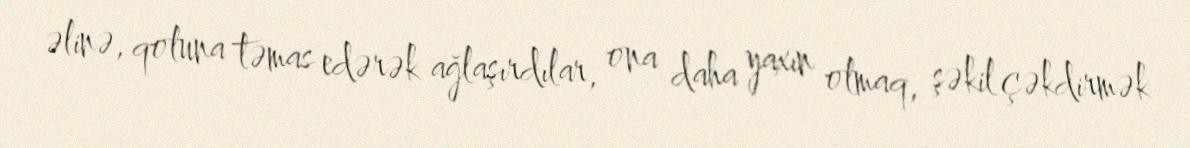
əlinə, qoluna təmas edərək ağlaşırdılar, ona daha yaxın olmaq, şəkil çəkdirmək